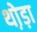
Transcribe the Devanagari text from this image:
थो़ड़ा